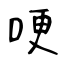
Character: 哽